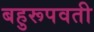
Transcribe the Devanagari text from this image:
बहुरूपवती